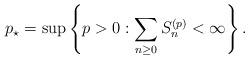
LaTeX: \begin{align*} p_\star&=\sup\left\{p>0:\sum_{n\geq 0}S_n^{(p)}<\infty\right\}. \end{align*}